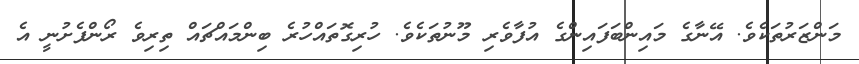
މަންޒަރުތަކެވެ. އޭނާގެ މައިންބަފައިންގެ އުފާވެރި މޫނުތަކެވެ. ހުރިގޮތައްހުރެ ބިންމައްޗައް ތިރިވެ ރޯންފެށުނީ އެ